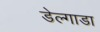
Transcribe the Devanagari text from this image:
डेल्गाडा